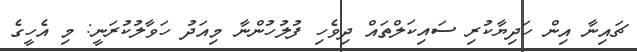
ޗައިނާ އިން ހަދިޔާކުރި ސައިކަލްތައް ދިވެހި ފުލުހުންނާ މިއަދު ހަވާލުކުރަނީ: މި އެހީގެ